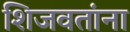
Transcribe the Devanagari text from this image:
शिजवतांना